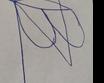
Signature authenticity: forged